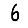
Digit: 6